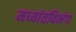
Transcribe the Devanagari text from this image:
मध्यांतविभंग